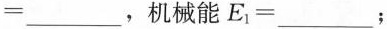
=___，机械能$$E_{1}=___$$；